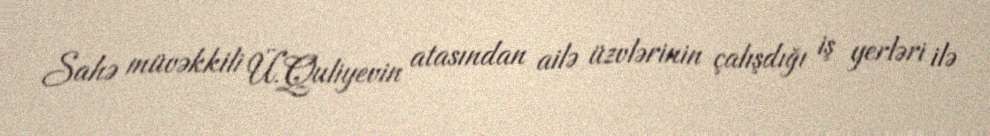
Sahə müvəkkili Ü.Quliyevin atasından ailə üzvlərinin çalışdığı iş yerləri ilə